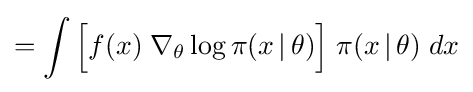
=\int {\Big [}f(x)\;\nabla _{\theta }\log \pi (x\,|\,\theta ){\Big ]}\;\pi (x\,|\,\theta )\;dx